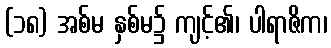
(၁၈) အစ်မ နှစ်မ၌ ကျင့်၏၊ ပါရာဇိက၊